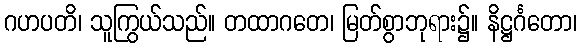
ဂဟပတိ၊ သူကြွယ်သည်။ တထာဂတေ၊ မြတ်စွာဘုရား၌။ နိဋ္ဌင်္ဂတော၊